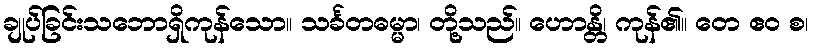
ချုပ်ခြင်းသဘောရှိကုန်သော။ သင်္ခတဓမ္မာ၊ တို့သည်။ ဟောန္တိ၊ ကုန်၏။ တေ ဧဝ စ၊